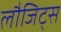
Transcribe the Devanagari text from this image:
लौजिट्स